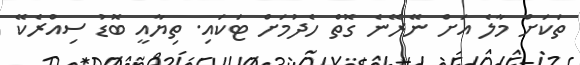
ތަކަށް މާލެ އަށް ނޭރޭނެ ގޮތް ހެދުމަށް ޓަކައި. ތިޔާއީ ބޮޑު ސިއްރެކޭ